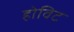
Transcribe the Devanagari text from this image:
होविट